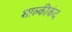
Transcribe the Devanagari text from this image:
शाल्कीकंद